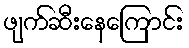
ဖျက်ဆီးနေကြောင်း